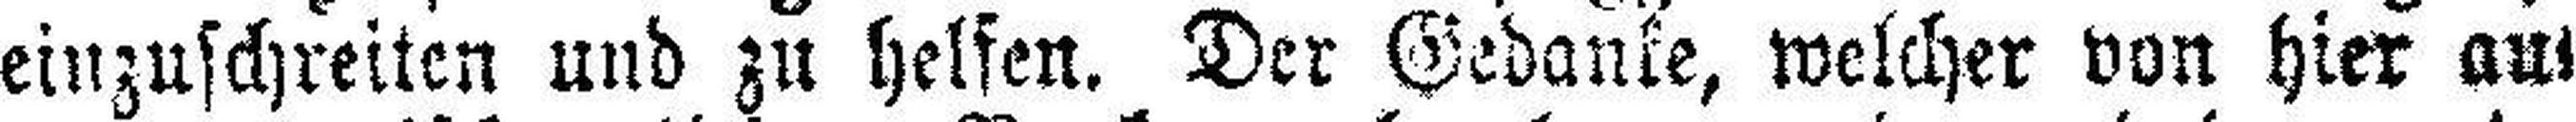
einzuschreiten und zu helfen. Der Gedanke, welcher von hier aus